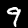
Label: 9